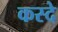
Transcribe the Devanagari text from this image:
कस्दे